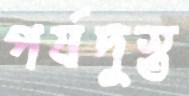
পর্যদুস্ত